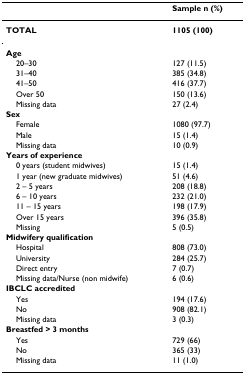
<table><thead><tr><td></td><td><b>Sample n (%)</b></td></tr></thead><tbody><tr><td><b>TOTAL</b></td><td><b>1105 (100)</b></td></tr><tr><td><b>Age</b></td><td></td></tr><tr><td> 20–30</td><td>127 (11.5)</td></tr><tr><td> 31–40</td><td>385 (34.8)</td></tr><tr><td> 41–50</td><td>416 (37.7)</td></tr><tr><td> Over 50</td><td>150 (13.6)</td></tr><tr><td> Missing data</td><td>27 (2.4)</td></tr><tr><td><b>Sex</b></td><td></td></tr><tr><td> Female</td><td>1080 (97.7)</td></tr><tr><td> Male</td><td>15 (1.4)</td></tr><tr><td> Missing data</td><td>10 (0.9)</td></tr><tr><td><b>Years of experience</b></td><td></td></tr><tr><td> 0 years (student midwives)</td><td>15 (1.4)</td></tr><tr><td> 1 year (new graduate midwives)</td><td>51 (4.6)</td></tr><tr><td> 2 – 5 years</td><td>208 (18.8)</td></tr><tr><td> 6 – 10 years</td><td>232 (21.0)</td></tr><tr><td> 11 – 15 years</td><td>198 (17.9)</td></tr><tr><td> Over 15 years</td><td>396 (35.8)</td></tr><tr><td> Missing</td><td>5 (0.5)</td></tr><tr><td><b>Midwifery qualification</b></td><td></td></tr><tr><td> Hospital</td><td>808 (73.0)</td></tr><tr><td> University</td><td>284 (25.7)</td></tr><tr><td> Direct entry</td><td>7 (0.7)</td></tr><tr><td> Missing data/Nurse (non midwife)</td><td>6 (0.6)</td></tr><tr><td><b>IBCLC accredited</b></td><td></td></tr><tr><td> Yes</td><td>194 (17.6)</td></tr><tr><td> No</td><td>908 (82.1)</td></tr><tr><td> Missing data</td><td>3 (0.3)</td></tr><tr><td><b>Breastfed &gt; 3 months</b></td><td></td></tr><tr><td> Yes</td><td>729 (66)</td></tr><tr><td> No</td><td>365 (33)</td></tr><tr><td> Missing data</td><td>11 (1.0)</td></tr></tbody></table>